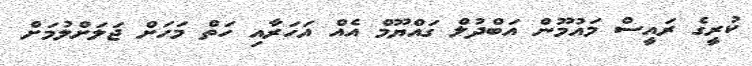
ކުރީގެ ރައީސް މައުމޫން އަބްދުލް ގައްޔޫމް އެއް އަހަރާއި ހަތް މަހަށް ޖަލަށްލުމަށް